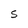
Character: S